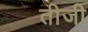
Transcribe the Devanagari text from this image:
तीजी